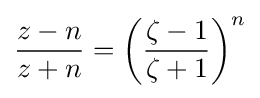
{\frac {z-n}{z+n}}=\left({\frac {\zeta -1}{\zeta +1}}\right)^{n}